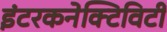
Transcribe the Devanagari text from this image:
इंटरकनेक्टिविटी